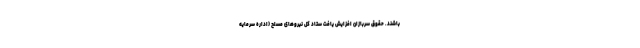
باشند. حقوق سربازان افزایش یافت ستاد کل نیروهای مسلح (اداره سرمایه